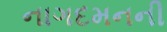
નાગદમનની